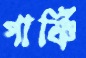
পার্ষ্ণি